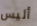
أليس